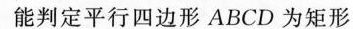
能判定平行四边形ABCD为矩形